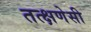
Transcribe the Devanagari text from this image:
तत्क्षणेसी